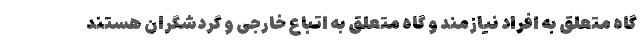
گاه متعلق به افراد نیازمند و گاه متعلق به اتباع خارجی و گردشگران هستند